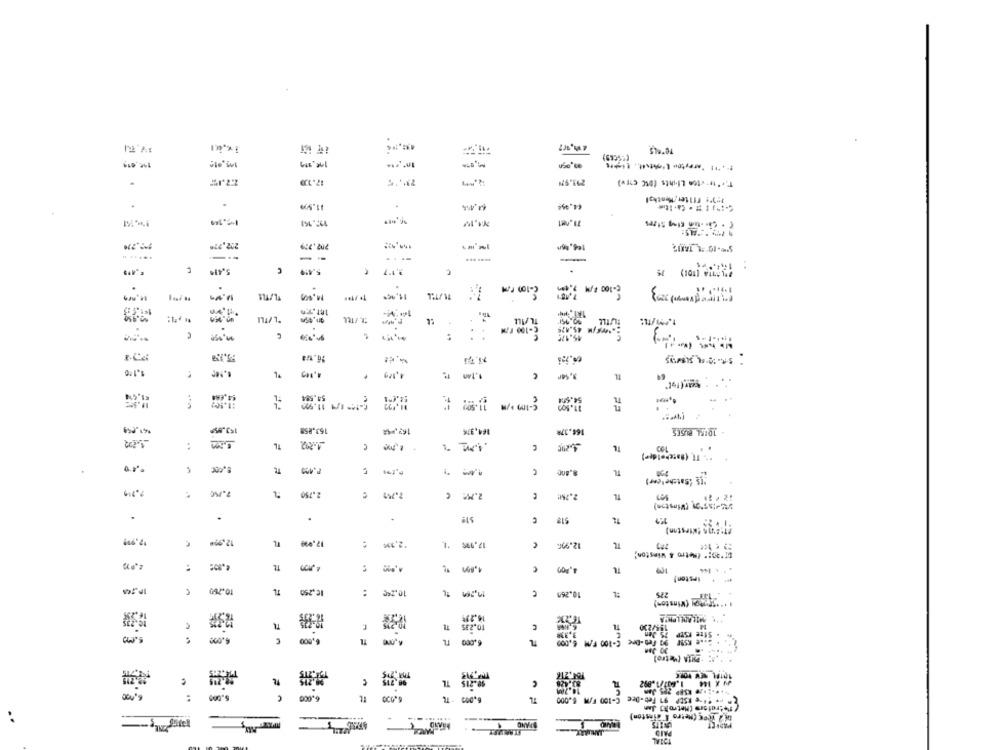
(6295%)
S'il
T.+"to"<ton Liuihts (DC (2)
.
5122
. .....
--
1
IY's
2
st (1001 vins 1.2
.
-- - 1
iLAILL
11/1.
-
c-100 F
..
.
IL
14,660
54,584
:1.502
-
163.858
164,374
164.378
C
14
-
1 wi'
COL
**- TI, (Batchelde")
2.M4€ ¢
14
.
.
.
12.906
11
TL
:
* * ipston)
A
GAL'OL
1:
000'S Wa 001-5
C
6.000
5
11 0CG-9
11
000'S WA 001-3
DE 2 Teex (Metro I aimston)
-
TVECA